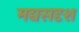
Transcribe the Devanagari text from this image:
मद्यसदृश